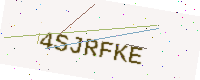
Text: 4SJRFKE